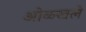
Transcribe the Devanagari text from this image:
ओळ्खले